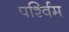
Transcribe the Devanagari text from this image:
पर्श्विम